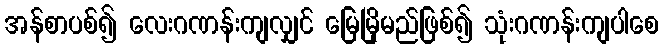
အန်စာပစ်၍ လေးဂဏန်းကျလျှင် မြေမြိုမည်ဖြစ်၍ သုံးဂဏန်းကျပါစေ